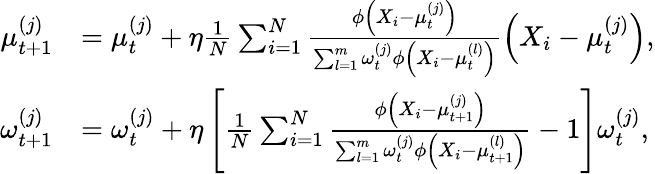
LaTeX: \begin{array}{rl}{\mu_{t+1}^{(j)}}&{=\mu_{t}^{(j)}+\eta\frac{1}{N}\sum_{i=1}^{N}\frac{\phi\left(X_{i}-\mu_{t}^{(j)}\right)}{\sum_{l=1}^{m}\omega_{t}^{(j)}\phi\left(X_{i}-\mu_{t}^{(l)}\right)}\left(X_{i}-\mu_{t}^{(j)}\right),}\\ {\omega_{t+1}^{(j)}}&{=\omega_{t}^{(j)}+\eta\left[\frac{1}{N}\sum_{i=1}^{N}\frac{\phi\left(X_{i}-\mu_{t+1}^{(j)}\right)}{\sum_{l=1}^{m}\omega_{t}^{(j)}\phi\left(X_{i}-\mu_{t+1}^{(l)}\right)}-1\right]\omega_{t}^{(j)},}\end{array}